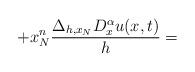
LaTeX: \begin{align*} +x_{N}^{n}\frac{\Delta_{h,x_{N}}D_{x}^{\alpha}u(x,t)}{h}=\end{align*}